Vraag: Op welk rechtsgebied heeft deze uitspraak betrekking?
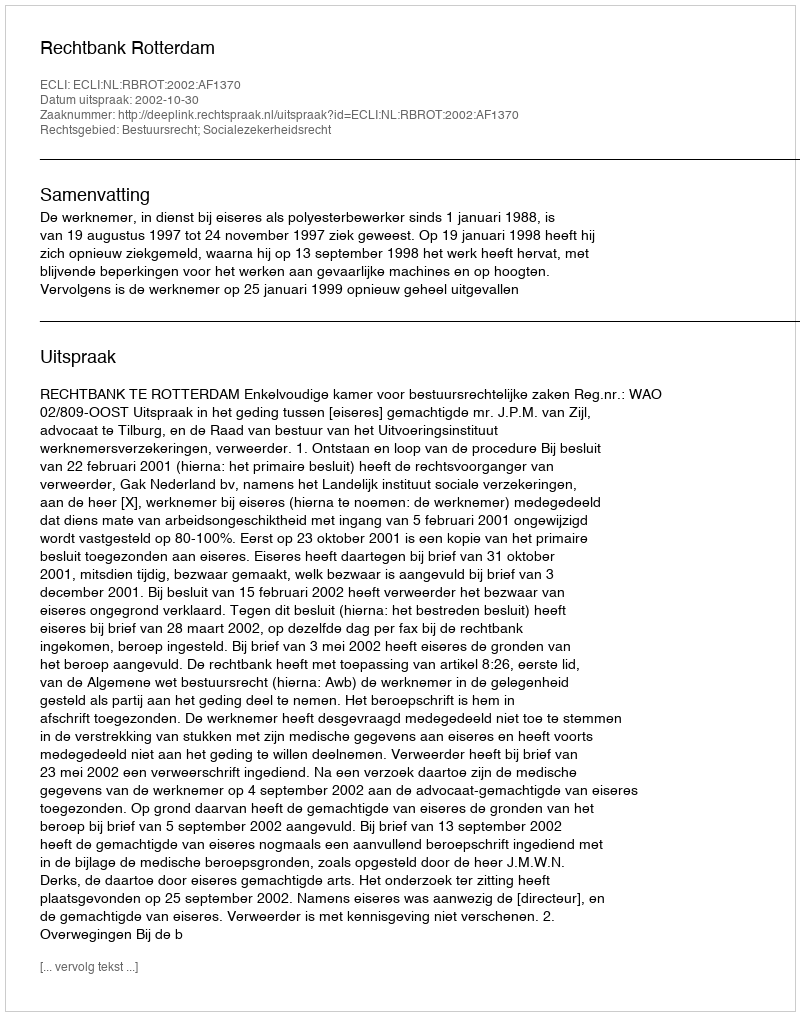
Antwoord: Bestuursrecht; Socialezekerheidsrecht